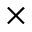
\times